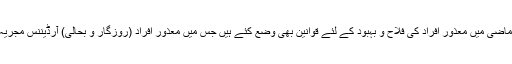
حکومت پاکستان نے ماضی میں معذور افراد کی فلاح و بہبود کے لئے قوانین بھی وضع کئے ہیں جس میں معذور افراد (روزگار و بحالی) آرڈیننس مجریہ 1981قابل ذکر ہے۔